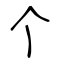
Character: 个